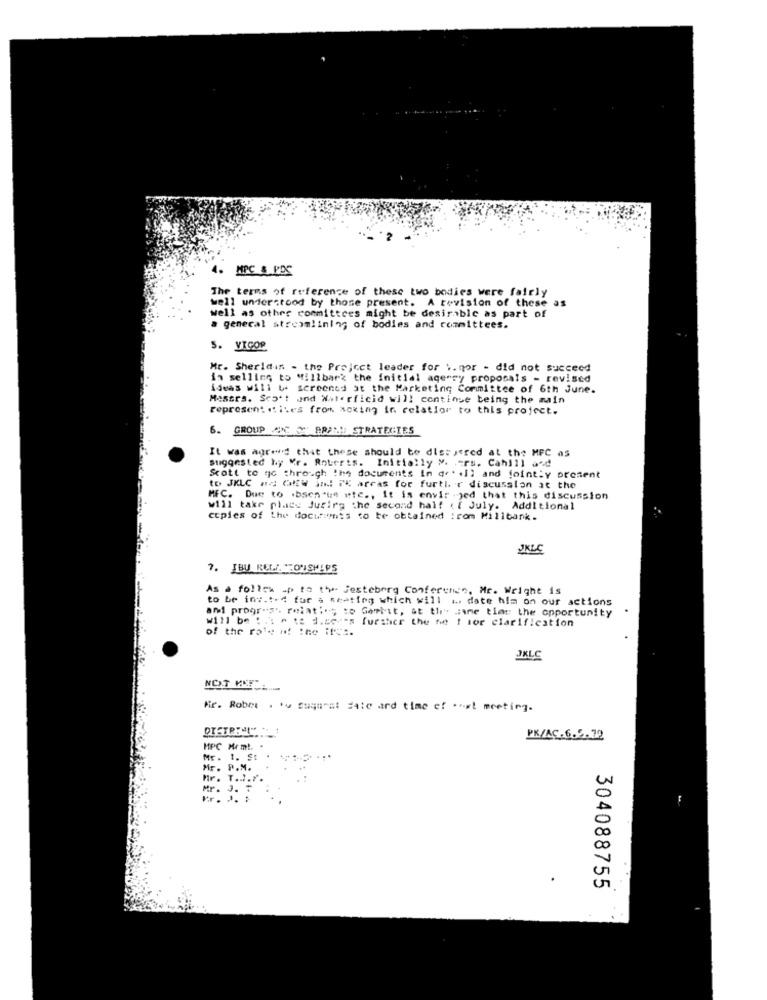
4. MPC & PDS
The terms of reference of these two bodies were fairly
well understood by those present. A revision of these as
well as other committees might be desirable as part of
a general streamlining of bodies and committees.
5. VIGOR
Mr. Sheridan - the Project leader for .. gor - did not succeed
in selling to Millbark the initial agerry proposals - revised
ideas will be screened at the Marketing Committee of 6th June.
Messrs. Sc) *: and Nate rficid will continue being the main
representatives from acking in relation to this project.
6. GROUP N + PRA !! STRATEGIES
It was agreed that these should be dist jered at the MFC as
suggested by Mr. Roberts. Initially M. "rs. Cahill and
Scott to go through the documents in de' .ll and jointly present
to JKLC na CalEW indl PK areas for furtl. r discussion at the
MFC. Due to .bsenate etc ., It is envir .jed that this discussion
will take place Jurirg the second half of July. Additional
copies of the docuumis to be obtained :rom Millbank.
JKLC
7. IBU RELA NOUSMAPS
As a follow up to the Jesteberg Conference, Mr. Weight is
to be invited for a seating which will ... date hla on our actions
and progress. relating to Garbit, at the same tia: the opportunity
will be :. t . t& J.co 's further the he ! sor clarification
of the role af the Ifst.
JKLC
Mr. Robot . tu suqurat date ard time ef ... st meeting.
PK/AC.6.5.72
MPC Mrml. .
Mr. 1. St
Mr. P.M.
Mr. T.27.7.
Mr. J. T
Pr. .. .
304088755